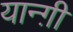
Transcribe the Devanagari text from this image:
यान्ग़ी